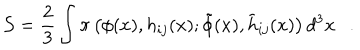
{ \mathcal { S } } = \frac { 2 } { 3 } \int \pi \left( \phi ( x ) , h _ { i j } ( x ) ; \tilde { \phi } ( x ) , \tilde { h } _ { i j } ( x ) \right) d ^ { 3 } x .